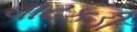
વાટકડી